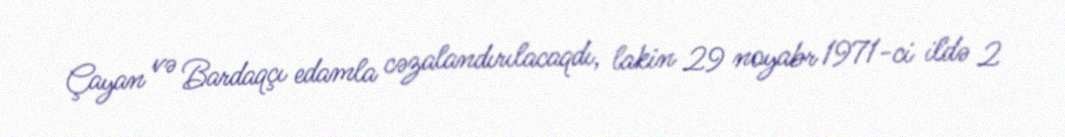
Çayan və Bardaqçı edamla cəzalandırılacaqdı, lakin 29 noyabr 1971-ci ildə 2